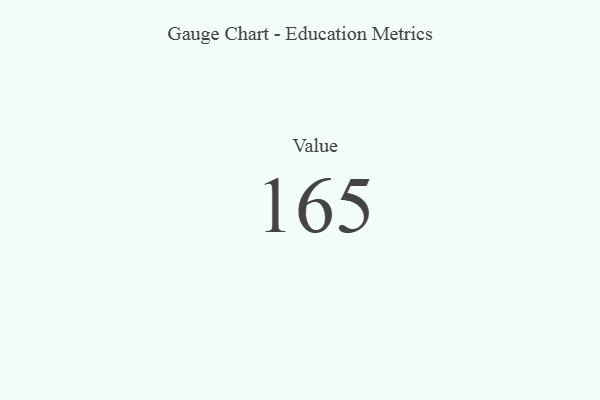
{"axis": {"x": "Metric", "y": "Value"}, "legend": [""], "data": [{"x": "Value", "y": 165, "type": ""}]}